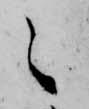
之